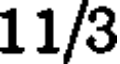
11/3